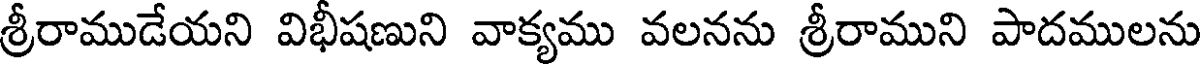
శ్రీరాముడేయని విభీషణుని వాక్యము వలనను శ్రీరాముని పాదములను